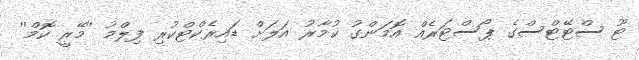
ޓޫ ސްޓޭޓްސްގެ ޕޯސްޓަރެއް އޮމަންގު ކުމާރު އަލަށް ޑައިރެކްޓްކުރި ފިލްމު ''މޭރީ ކޮމް''